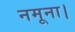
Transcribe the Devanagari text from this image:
नमूना।